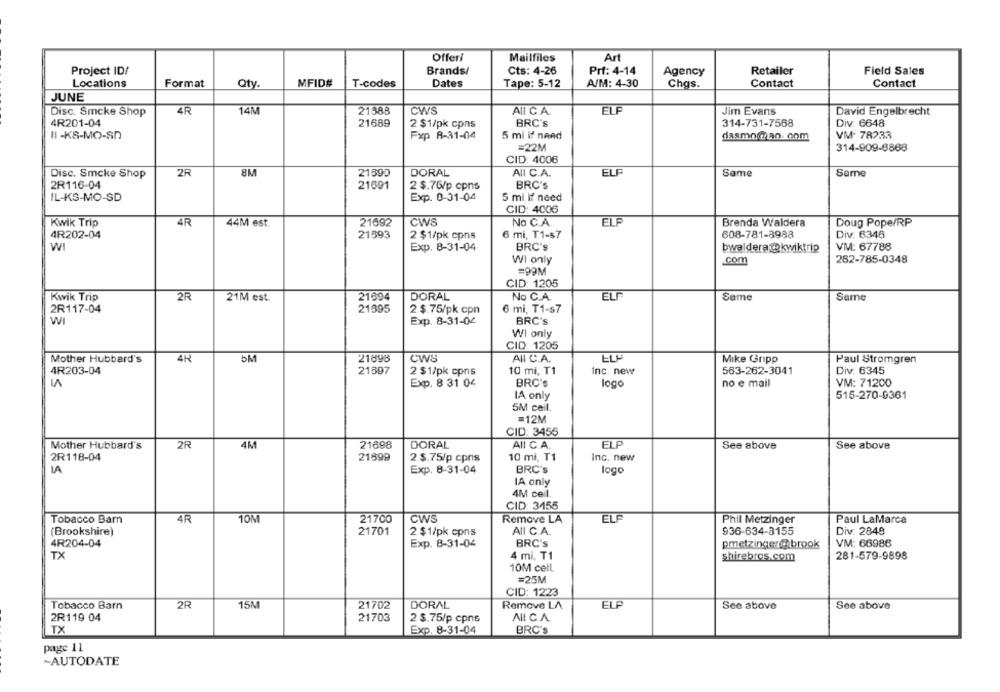
Offeri
Mailfiles
Art
Project ID/
Brands/
Cts: 4-26
Prf: 4-14
Agency
Retailer
Field Sales
Locations
Qty
MFID#
Dates
A/M: 4-30
Contact
Contact
Format
T-codes
Tape: 5-12
Chas.
JUNE
14M
21388
CWS
ALI C.A.
ELF
Jim Evans
Disc. Smcke Shop
4R
David Engelbrecht
4R201-04
21689
2 $1/pk cpns
BRC's
314-731-7568
Div. 6648
II -KS-MO-SD
Fxp 8-31-04
5 mi if nand
dasmochao. com
VM- 78233
=22M
314-909-8888
CID: 4006
2R
8M
21390
DORAL
AII C.A.
ELF
Same
Same
Disc. Smcke Shop
2R116-04
21691
2 $.76/p cpns
BRC'S
IL-KS-MO-SD
Exp. 0-31-04
5 mi If need
CID: 4006
Kwik Trip
4R
21692
CWS
No C.A.
ELE
44M est.
Brenda Waldera
Doug Pope/RP
4R202-04
21593
2 $1/pk cpns
6 mi, T1-$7
608-781-8988
Div: 6346
WI
Exp. 8-31-04
BRC's
bwaldera@kwiktrip
VM: 67788
WI only
com
262-785-0348
=99M
CID: 1205
Kwik Trip
2R
21M est.
21694
DORAL
No C.A.
ELF
Same
Same
2R117-04
21595
2 $.75/pk cpn
6 mi, T1-$7
W
Exp. 8-31-04
BRC'S
WI only
CID: 1205
Mother Hubbard's
4R
5M
21898
CWS
All C.A.
ELP
Mike Gripp
Paul Stromgren
4R203-04
21897
2 $1/pk cpns
10 mi, T1
Inc. new
563-262-3041
Div. 6345
Exp. 8 31 04
BRC's
logo
no e mail
VM: 71200
515-270-0361
IA only
5M ceil.
=12M
CID: 3455
ELP
Mother Hubbard's
2R
4M
21698
DORAL
All C.A.
See above
See above
2R118-04
21899
10 mi, T1
Inc. new
2 $.75/p cpns
IA
Exp. 8-31-04
BRC's
logo
IA only
4M ceil.
CID: 3455
Tobacco Barn
4R
1ON
21700
CWS
Remove LA
ELF
Phil Metzinger
Paul LaMarca
(Brookshire)
21701
2 $1/pk cpns
AII C.A.
936-634-3155
Div. 2848
4R204-04
Exp. 8-31-04
BRC's
pmetzinger@brook
VM: 66986
TX
4 mi, T1
shirebros.com
281-579-9898
10M ceil.
=25M
CID: 1223
Tobacco Barn
2R
15N
21702
DORAL
Remove LA
ELF
See above
See above
2R119 04
21703
2 $.75/p cpns
AI C.A.
TX
Exp. 8-31-04
BRC'S
page 11
~AUTODATE